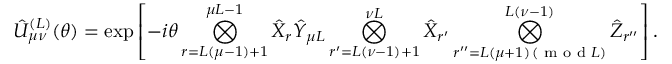
\hat { U } _ { \mu \nu } ^ { ( L ) } ( \theta ) = \exp \left[ - i \theta \bigotimes _ { r = L ( \mu { - } 1 ) { + } 1 } ^ { \mu L { - } 1 } \hat { X } _ { r } \hat { Y } _ { \mu L } \bigotimes _ { r ^ { \prime } = L ( \nu - 1 ) + 1 } ^ { \nu L } \hat { X } _ { r ^ { \prime } } \bigotimes _ { \substack { r ^ { \prime \prime } = L ( \mu + 1 ) \, ( \textrm { m o d } L ) } } ^ { L ( \nu { - } 1 ) } \hat { Z } _ { r ^ { \prime \prime } } \right] .